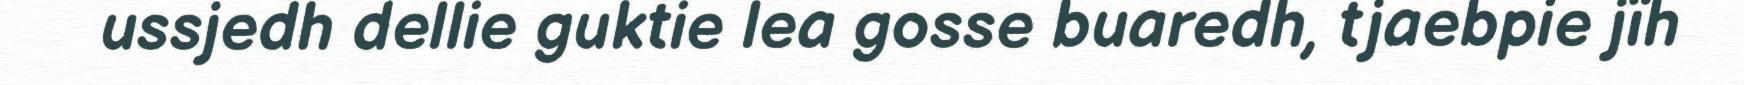
ussjedh dellie guktie lea gosse buaredh, tjaebpie jïh